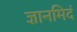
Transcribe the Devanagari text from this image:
ज्ञानमिदं